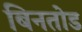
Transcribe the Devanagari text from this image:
बिनतोड